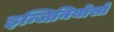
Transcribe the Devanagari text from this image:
इन्जिनियोसो